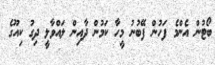
ބޯޓުން އެންމެ ފަހުން ފޭބުނު މީހާ ކަމުން ދާއިން ލައްވާލީ ދިގު ކިއޫގެ